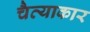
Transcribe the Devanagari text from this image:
चैत्याकार